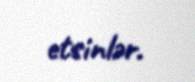
etsinlər.